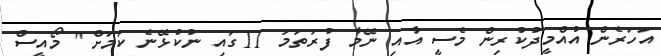
އަހަރެން އުއްމީދުކުރިން މެސީ އާއި ނޭމާ ފުރަތަމަ 11ގައި ނުކުޅޭނެ ކަމަށް" މޯއީސް